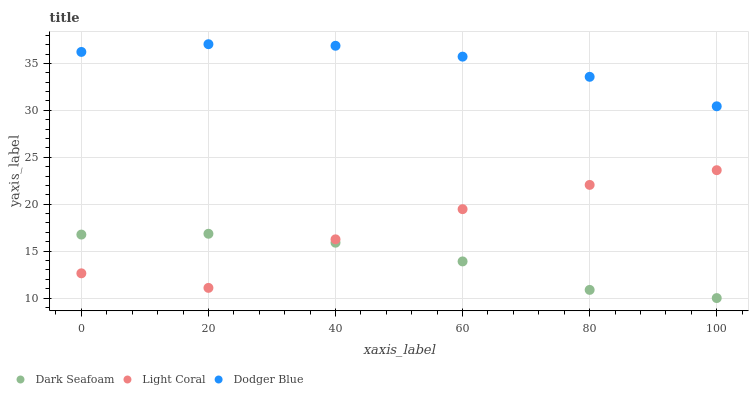
| xaxis_label | Dark Seafoam | Light Coral | Dodger Blue |
 | --- | --- | --- | --- |
 | 0 | 16.8 | 12.6 | 36.2 |
 | 20 | 16.9 | 11.1 | 37.1 |
 | 40 | 15.9 | 16.3 | 36.9 |
 | 60 | 13.9 | 19.5 | 35.7 |
 | 80 | 10.9 | 22.1 | 33.6 |
 | 100 | 10 | 23.6 | 30.4 |